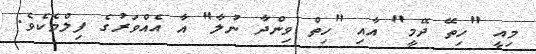
މިއީ "ހިތޭ ދޭމީ" އާއި "ހިތް ވިންދާ ނުލާ" އާ އެއްވަރުގެ ފިލްމެކެވެ.